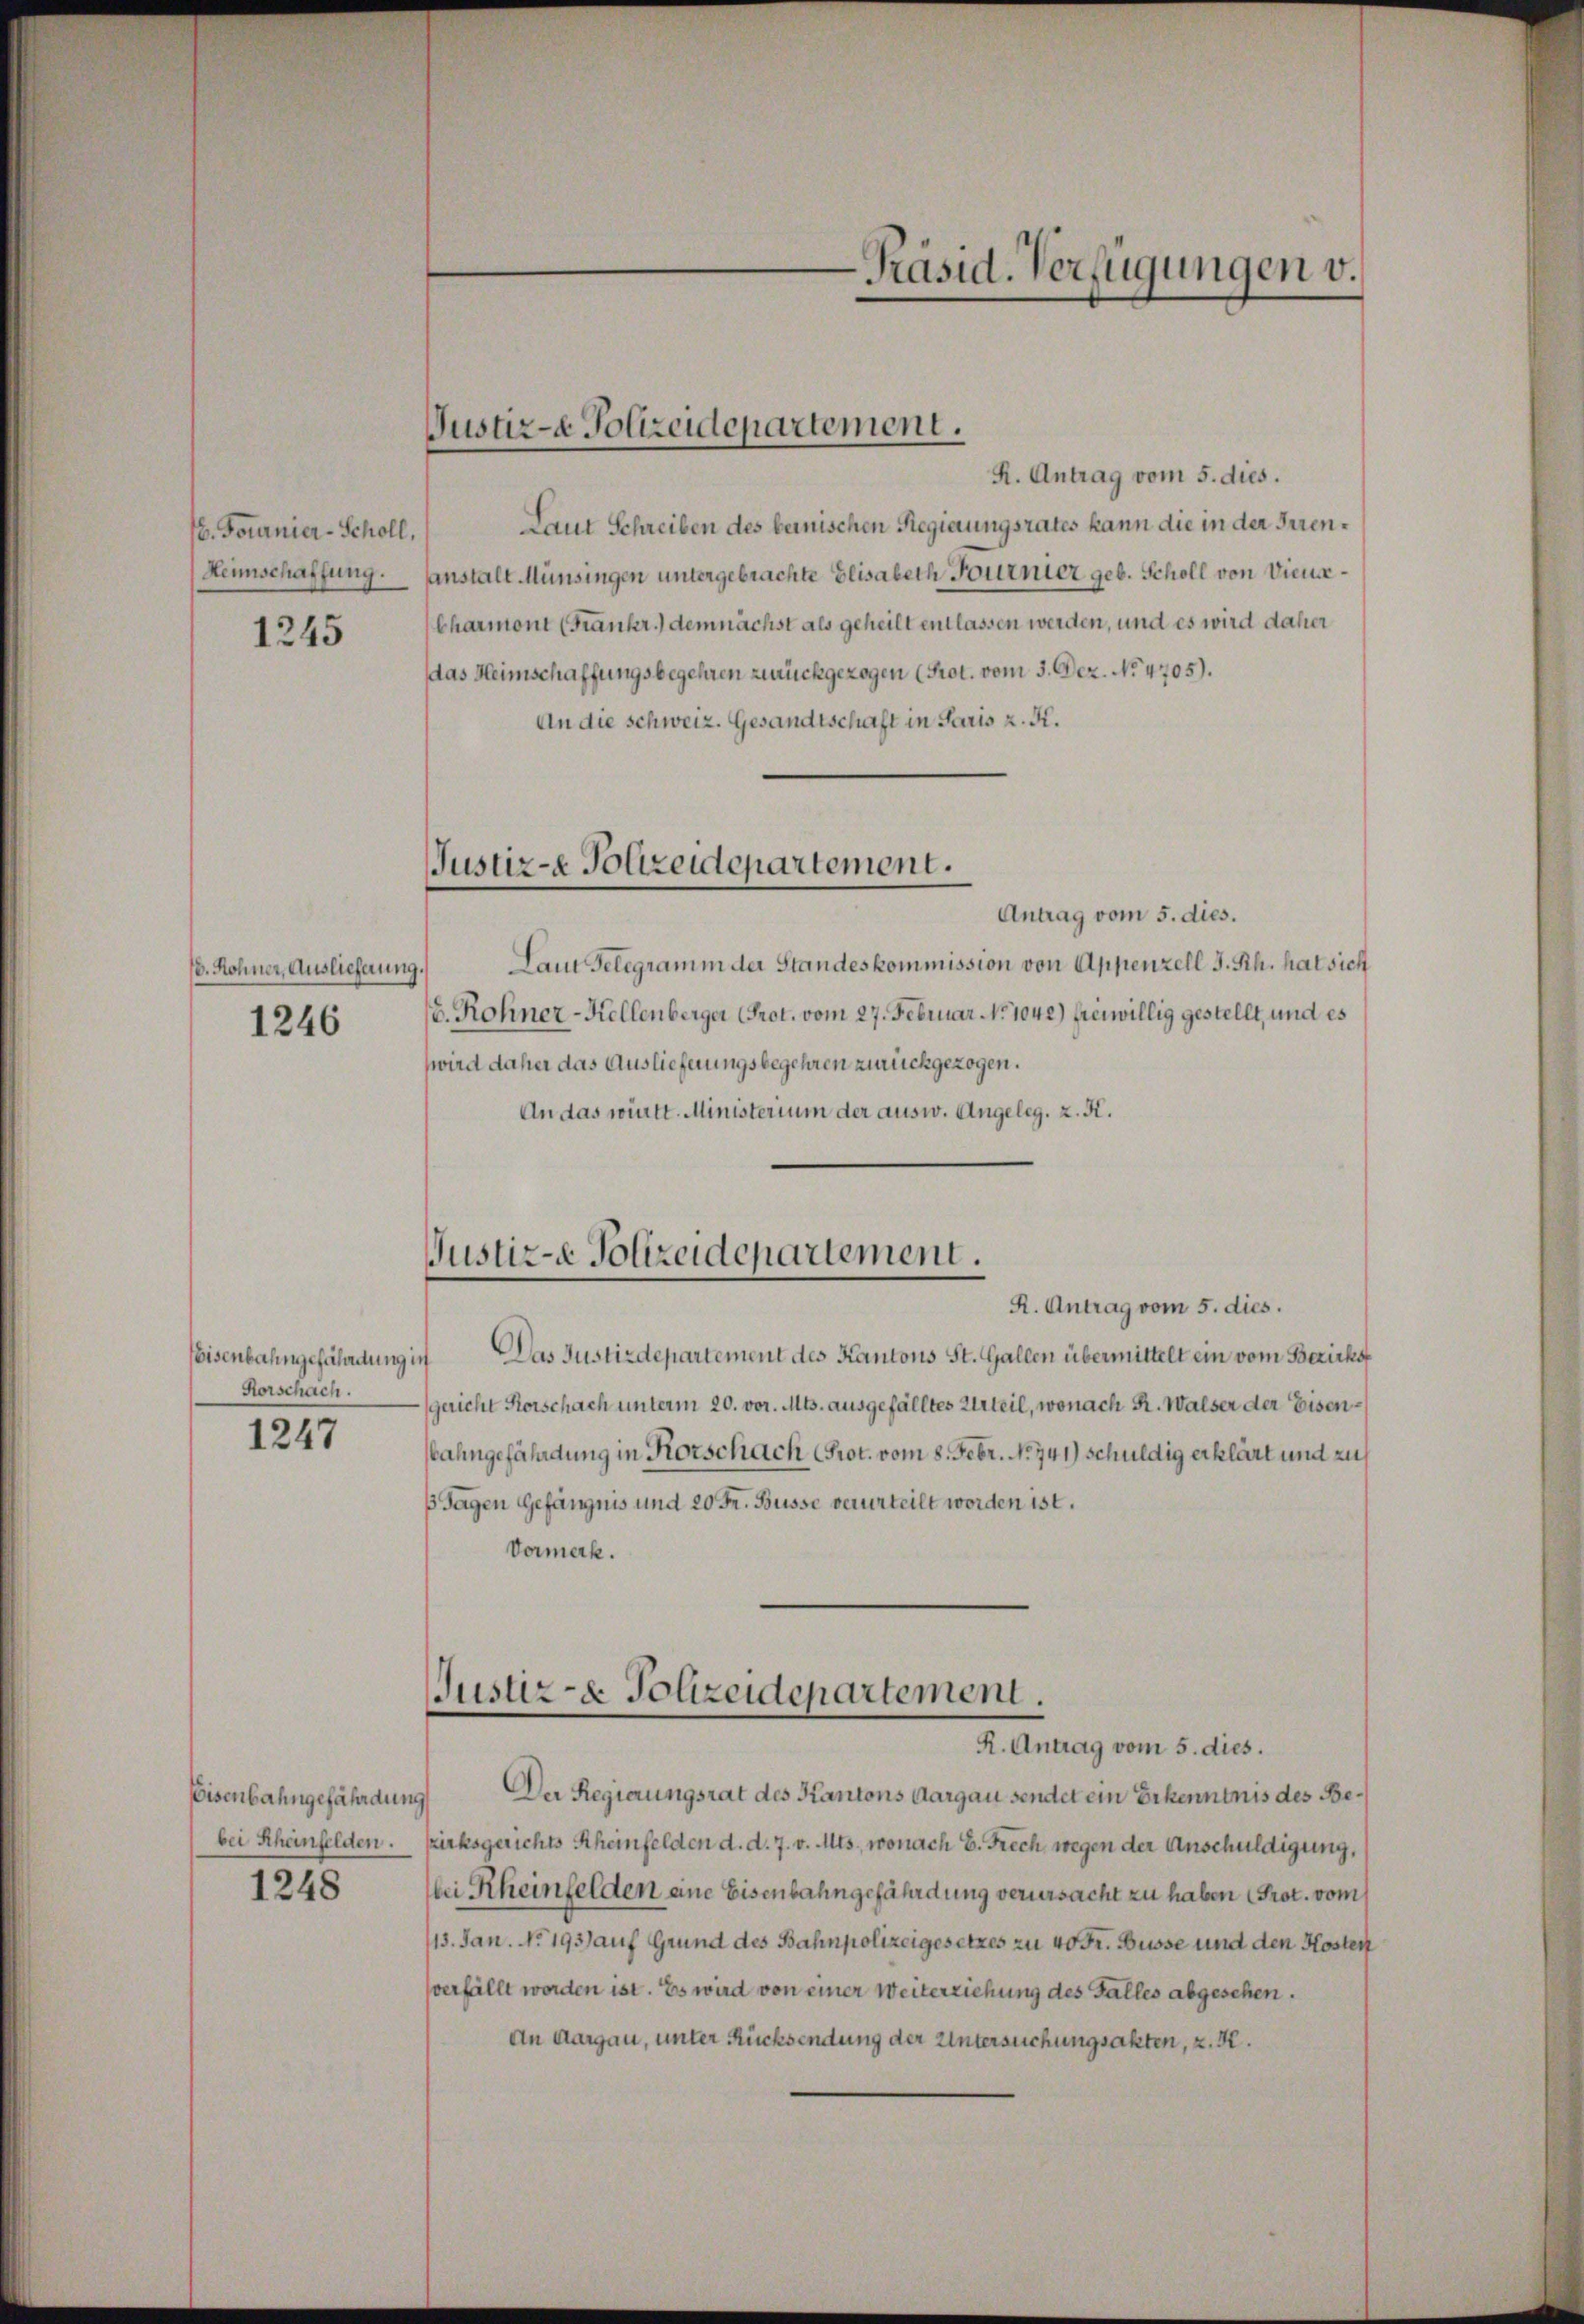
/6. Tournier-Schöll,
Henschaffung.

1245

. Rohner, Auslieferun
1246

Eisenbahngefährdung:
Vorschach.
1247

Eisenbahngefährdung
bei Scheinfelden.

1248

Justiz- & Polizeidepartement.

R. Antrag vom 5. dies.
Laut Schreiben des bernischen Regierungsrates kann die in der Irrenanstalt Münsingen untergebrachte Elisabeth Fournier geb. Scholl von Dien¬
Charmont (Frankr.) demnächst als geheilt entlassen werden, und es wird daher
das Heimschaffungsbegehren zurückgezogen (Prot. vom 3. Dez. No. 4705).
An die schweiz. Gesandtschaft in Paris z. K.
Justiz- Polizeidepartement.
Antrag vom 5. dies.
Laut Gelegramm der Standeskommission von Appenzell I. Rh. hat sich
.
E. Rohner-Kellenberger (Prot. vom 27. Februar No 1042) freiwillig gestellt, und es
wird daher das Auslieferungsbegehren zurückgezogen.
An das württ. Ministerium der ausw. Angeleg, z. R.

Justiz- Polizeidepartement.

Präsid. Verfügungen v.

R. Antrag vom 5. dies.
 Das Justizdepartement des Kantons St. Gallen übermittelt ein vom Bezirks
gericht Horschach unterm 20. vor. Mts. ausgefälltes Urteil, wonach R. Walser der Eisenahngefährdung in Korschach (Prot. vom 8. Febr. 1741) schuldig erklärt und zu
ß Tagen Gefängnis und 20 Fr. Busse verurteilt worden ist.
Vormerk.
Der Regierungsrat des Kantons Aargau sendet ein Bekenntnis des Be¬
¬
zirksgerichts Rheinfelden d. d. 7. v. Mts., wonach E. Frech wegen der Anschuldigung,
i Rheinfelden eine Eisenbahngefährdung verursacht zu haben (Prot. vom
413. Jan. No. 193) auf Grund des Bahnpolizeigesetzes zu 40 Fr. Busse und den Kosten
verfällt worden ist. Es wird von einer Weiterziehung des Falles abgesehen.
An Aargau, unter Rücksendung der Untersuchungsakten, z. K.

Justiz- & Polizeidepartement.
R. Antrag vom 5. dies.